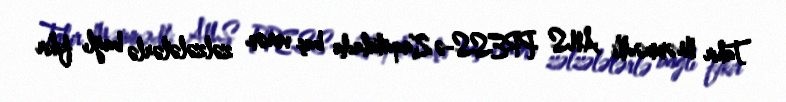
Tahir Məmmədli ANS PRESS-ə Zaqatalada baş verən zəlzələlərlə bağlı fikir